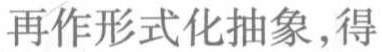
再作形式化抽象，得